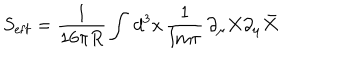
S _ { \mathrm { e f f } } = \frac { 1 } { 1 6 \pi R } \int \, d ^ { 3 } x \, \frac { 1 } { \mathrm { I m } \tau } \, \partial _ { \mu } X \partial _ { \mu } \bar { X }